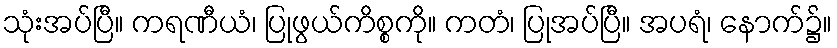
သုံးအပ်ပြီ။ ကရဏီယံ၊ ပြုဖွယ်ကိစ္စကို။ ကတံ၊ ပြုအပ်ပြီ။ အပရံ၊ နောက်၌။